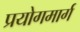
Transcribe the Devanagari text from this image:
प्रयोगमार्ग